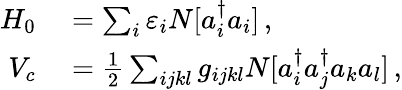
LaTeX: \begin{array}{rl}{H_{0}}&{{}=\sum_{i}\varepsilon_{i}N[a_{i}^{\dagger}a_{i}]\, ,}\\ {V_{c}}&{{}=\frac 12\sum_{ijkl}g_{ijkl}N[a_{i}^{\dagger}a_{j}^{\dagger}a_{k}a_{l}]\, ,}\end{array}